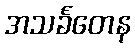
အသင်္ခတေန